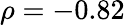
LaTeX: \rho=-0.82